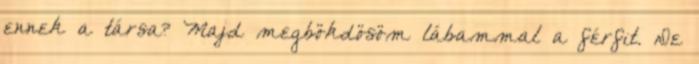
ennek a társa? Majd megbökdösöm lábammal a férfit. De